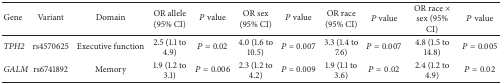
<table><thead><tr><td><b>Gene</b></td><td><b>Variant</b></td><td><b>Domain</b></td><td><b>OR allele (95% CI)</b></td><td><b><i>P</i> value</b></td><td><b>OR sex (95% CI)</b></td><td><b><i>P</i> value</b></td><td><b>OR race (95% CI)</b></td><td><b><i>P</i> value</b></td><td><b>OR race × sex (95% CI)</b></td><td><b><i>P</i> value</b></td></tr></thead><tbody><tr><td><i>TPH2</i></td><td>rs4570625</td><td>Executive function</td><td>2.5 (1.1 to 4.9)</td><td><i>P</i> = 0.02</td><td>4.0 (1.6 to 10.5)</td><td><i>P</i> = 0.007</td><td>3.3 (1.4 to 7.6)</td><td><i>P</i> = 0.007</td><td>4.8 (1.5 to 14.8)</td><td><i>P</i> = 0.005</td></tr><tr><td><i>GALM</i></td><td>rs6741892</td><td>Memory</td><td>1.9 (1.2 to 3.1)</td><td><i>P</i> = 0.006</td><td>2.3 (1.2 to 4.2)</td><td><i>P</i> = 0.009</td><td>1.9 (1.1 to 3.6)</td><td><i>P</i> = 0.02</td><td>2.4 (1.2 to 4.9)</td><td><i>P</i> = 0.02</td></tr></tbody></table>